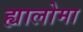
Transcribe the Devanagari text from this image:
ह्यालोमा